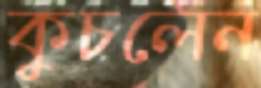
কুচলেন